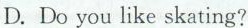
D.Do you like skating?